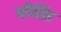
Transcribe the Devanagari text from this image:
प्लैसिड